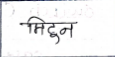
मजकूर: मिटुन